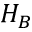
H _ { B }